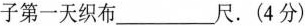
子第一天织布_____尺。(4分)